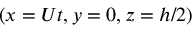
( x = U t , y = 0 , z = h / 2 )